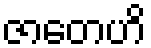
ဇာတေဟိ